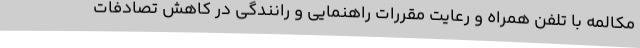
مکالمه با تلفن همراه و رعایت مقررات راهنمایی و رانندگی در کاهش تصادفات